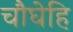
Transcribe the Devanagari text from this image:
चौघेहि